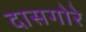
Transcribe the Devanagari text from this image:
दासगोरे